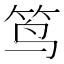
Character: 𮵮